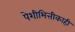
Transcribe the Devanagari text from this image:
पेशीभित्तीकाही